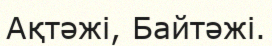
Ақтәжі, Байтәжі.